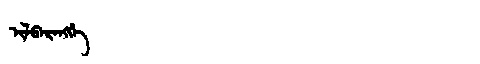
Manchu: ᡳᠯᠪᠠᡵᠠᠩᡤᡝ
Romanization: ILBARANGGE